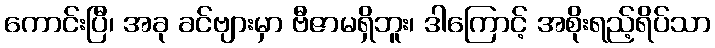
ကောင်းပြီ၊ အခု ခင်ဗျားမှာ ဗီဇာမရှိဘူး၊ ဒါကြောင့် အစိုးရည့်ရိပ်သာ